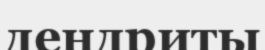
дендриты